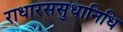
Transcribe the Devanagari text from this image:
राधारससुधानिधि